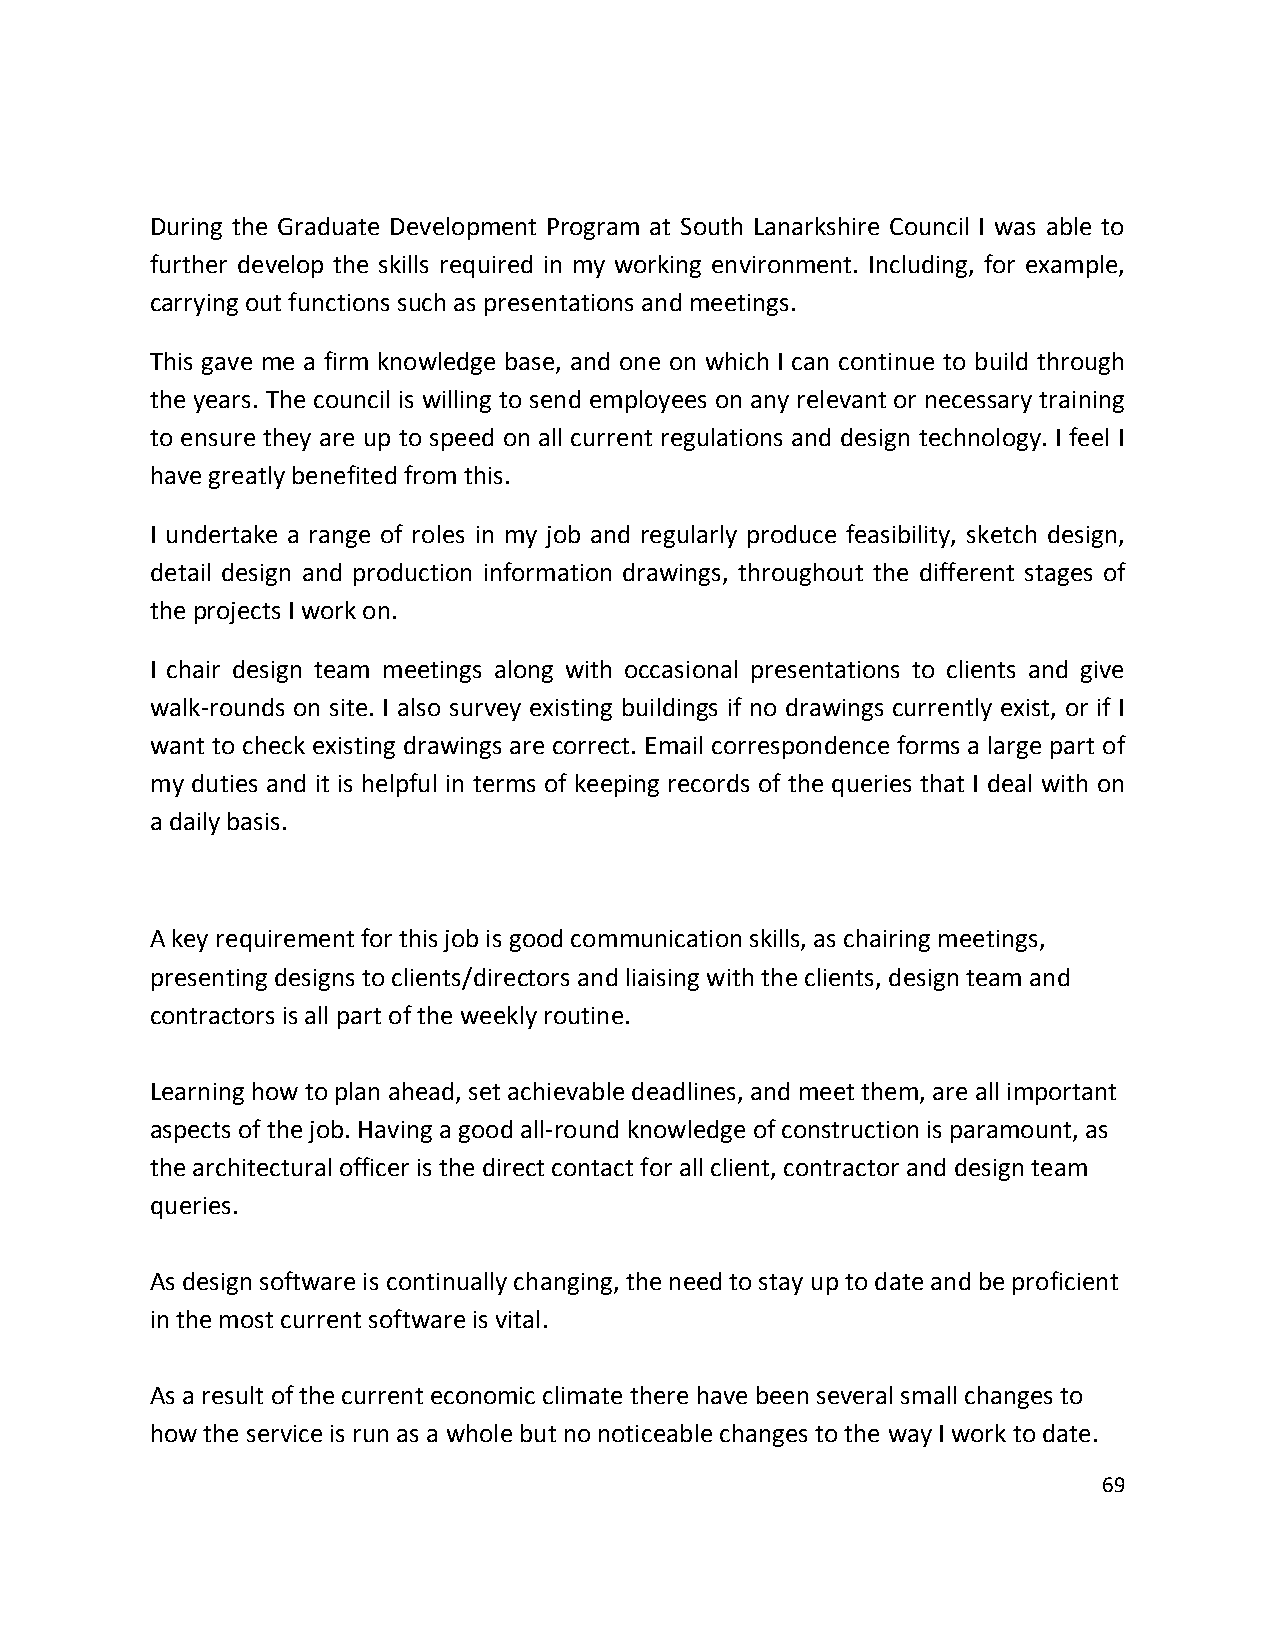
During the Graduate Development Program at South Lanarkshire Council I was able to
 further develop the skills required in my working environment. Including, for example,
 carrying out functions such as presentations and meetings.
 This gave me a firm knowledge base, and one on which I can continue to build through
 the years. The council is willing to send employees on any relevant or necessary training
 to ensure they are up to speed on all current regulations and design technology. I feel I
 have greatly benefited from this.
 I undertake a range of roles in my job and regularly produce feasibility, sketch design,
 detail design and production information drawings, throughout the different stages of
 the projects I work on.
 I chair design team meetings along with occasional presentations to clients and give
 walk-rounds on site. I also survey existing buildings if no drawings currently exist, or if I
 want to check existing drawings are correct. Email correspondence forms a large part of
 my duties and it is helpful in terms of keeping records of the queries that I deal with on
 a daily basis.
 A key requirement for this job is good communication skills, as chairing meetings,
 presenting designs to clients/directors and liaising with the clients, design team and
 contractors is all part of the weekly routine.
 Learning how to plan ahead, set achievable deadlines, and meet them, are all important
 aspects of the job. Having a good all-round knowledge of construction is paramount, as
 the architectural officer is the direct contact for all client, contractor and design team
 queries.
 As design software is continually changing, the need to stay up to date and be proficient
 in the most current software is vital.
 As a result of the current economic climate there have been several small changes to
 how the service is run as a whole but no noticeable changes to the way I work to date.
 69